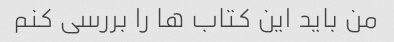
من باید این کتاب ها را بررسی کنم